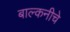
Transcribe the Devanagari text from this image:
बाल्कनीचे